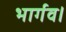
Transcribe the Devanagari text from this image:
भार्गव।